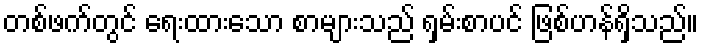
တစ်ဖက်တွင် ရေးထားသော စာများသည် ရှမ်းစာပင် ဖြစ်ဟန်ရှိသည်။